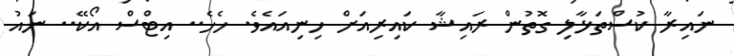
ނައިރާ ކުސްތަޅާލި ގޮތުން ރައިޝާ ކައިރިއަށް ހިނިއައެވެ. ހެހެ.. އިޓްސް އޯކޭ.. ނައު